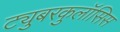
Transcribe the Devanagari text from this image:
ट्युबरकुलॉसिस